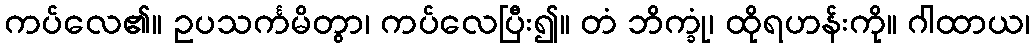
ကပ်လေ၏။ ဥပသင်္ကမိတွာ၊ ကပ်လေပြီး၍။ တံ ဘိက္ခုံ၊ ထိုရဟန်းကို။ ဂါထာယ၊